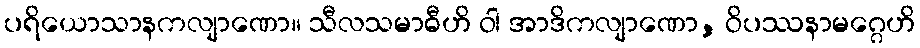
ပရိယောသာနကလျာဏော။ သီလသမာဓီဟိ ဝါ အာဒိကလျာဏော, ဝိပဿနာမဂ္ဂေဟိ